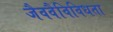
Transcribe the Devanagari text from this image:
जैववैविविधता